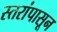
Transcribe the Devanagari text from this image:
स्तरांपासून